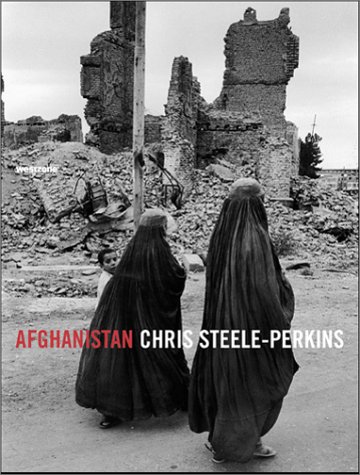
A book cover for Afghanistan; Chris Steele-Perkins; Travel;